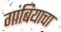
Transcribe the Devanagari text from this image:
गांबियाचा